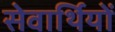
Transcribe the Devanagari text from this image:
सेवार्थियों